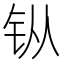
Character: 𫓩